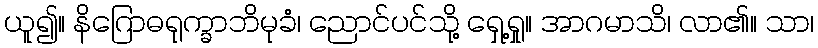
ယူ၍။ နိဂြောဓရုက္ခာဘိမုခံ၊ ညောင်ပင်သို့ ရှေ့ရှု။ အာဂမာသိ၊ လာ၏။ သာ၊